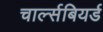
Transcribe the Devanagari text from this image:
चार्ल्सबियर्ड